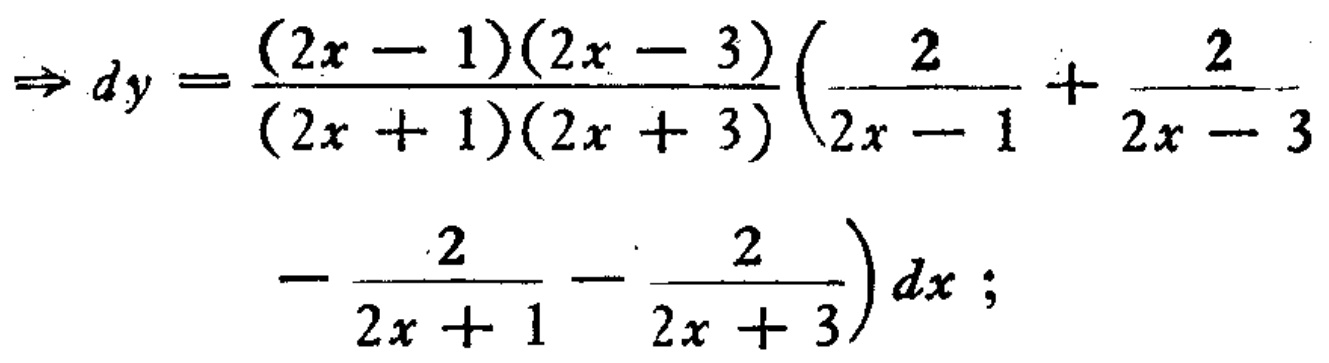
\(\Rightarrow dy = \frac{(2x - 1)(2x - 3)}{(2x + 1)(2x + 3)}\left(\frac{2}{2x - 1} + \frac{2}{2x - 3}- \frac{2}{2x + 1} - \frac{2}{2x + 3}\right)dx;\)